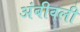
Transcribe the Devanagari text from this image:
अंबीवली